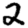
Digit: 2